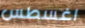
اغسطس